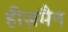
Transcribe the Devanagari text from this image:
हीज़मैन